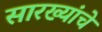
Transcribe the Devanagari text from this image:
सारख्यांचे